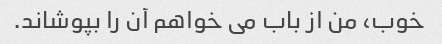
خوب، من از باب می خواهم آن را بپوشاند.